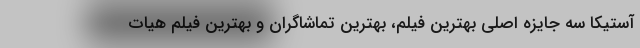
آستیکا سه جایزه اصلی بهترین فیلم، بهترین تماشاگران و بهترین فیلم هیات